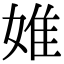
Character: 婎